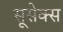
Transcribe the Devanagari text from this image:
सूसेक्स